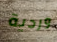
وردية